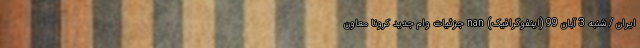
ایران / شنبه 3 آبان 99 (اینفوگرافیک) nan جزئیات وام جدید کرونا معاون